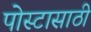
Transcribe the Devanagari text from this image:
पोस्टासाठी